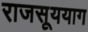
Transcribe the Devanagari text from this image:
राजसूययाग